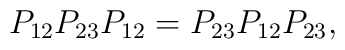
P_{12} P_{23} P_{12} = P_{23} P_{12} P_{23},